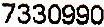
7330990